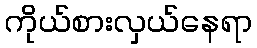
ကိုယ်စားလှယ်နေရာ